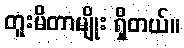
တူးမိတာမျိုး ရှိတယ်။